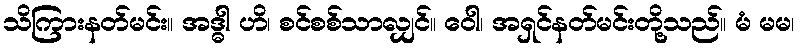
သိကြားနတ်မင်း။ အဒ္ဓါ ဟိ၊ စင်စစ်သာလျှင်။ ဝေါ၊ အရှင်နတ်မင်းတို့သည်။ မံ မမ၊